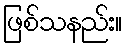
ဖြစ်သနည်း။